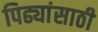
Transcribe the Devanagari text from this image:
पिढ्यांसाठी